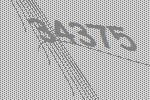
34375